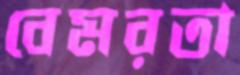
বেমরতা